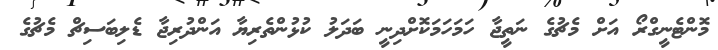
މޮންޓެނީގްރޯ އަށް މެޗުގެ ނަތީޖާ ހަމަހަމަކޮށްދިނީ ބަދަލު ކުޅުންތެރިޔާ އަންދުރިޖާ ޑެލިބަސިޗް މެޗުގެ